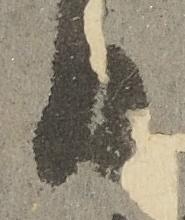
日